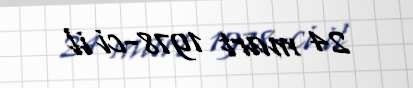
24 mart 1978-ci il